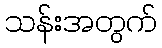
သန်းအတွက်